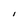
Character: I